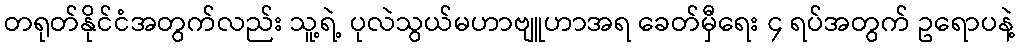
တရုတ်နိုင်ငံအတွက်လည်း သူ့ရဲ့ ပုလဲသွယ်မဟာဗျူဟာအရ ခေတ်မှီရေး ၄ ရပ်အတွက် ဥရောပနဲ့